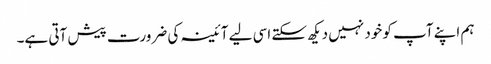
ہم اپنے آپ کو خود نہیں دیکھ سکتے اسی لیے آئینہ کی ضرورت پیش آتی ہے۔